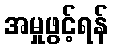
အမှုဖွင့်ရန်